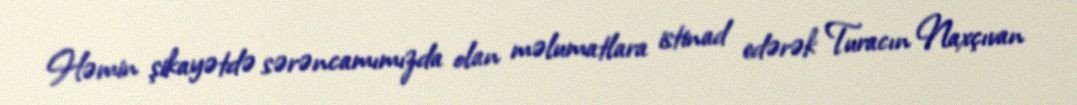
Həmin şikayətdə sərəncamımızda olan məlumatlara istinad edərək Turacın Naxçıvan